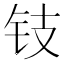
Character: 𲇱